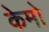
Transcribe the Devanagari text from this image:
केमो